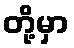
တို့မှာ